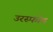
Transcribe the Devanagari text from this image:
उरस्फोड